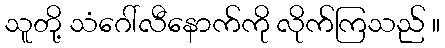
သူတို့ သံဂေါ်လီနောက်ကို လိုက်ကြသည် ။